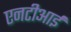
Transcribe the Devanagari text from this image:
एनटीआई